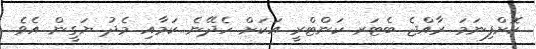
ކޮށްފިނަމަ ރާއްޖެ ބެޓަރ ކަންޓްރީ އަކަށް ހެދޭނެ ކަމާއި މެދު ޔަގީން އެވެ.